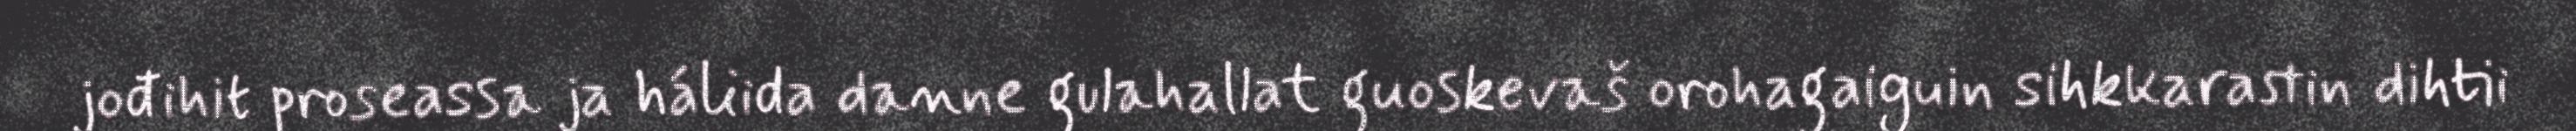
jođihit proseassa ja háliida danne gulahallat guoskevaš orohagaiguin sihkkarastin dihtii